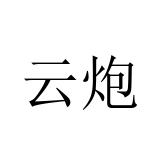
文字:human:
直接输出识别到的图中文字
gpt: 云炮